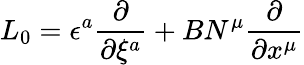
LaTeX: L_{0}=\epsilon^{a}\frac{\partial}{\partial\xi^{a}}+BN^{\mu}\frac{\partial}{\partial x^{\mu}}